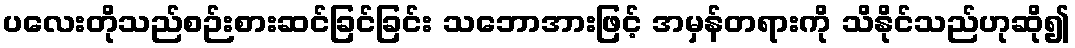
ပလေးတိုသည်စဉ်းစားဆင်ခြင်ခြင်း သဘောအားဖြင့် အမှန်တရားကို သိနိုင်သည်ဟုဆို၍